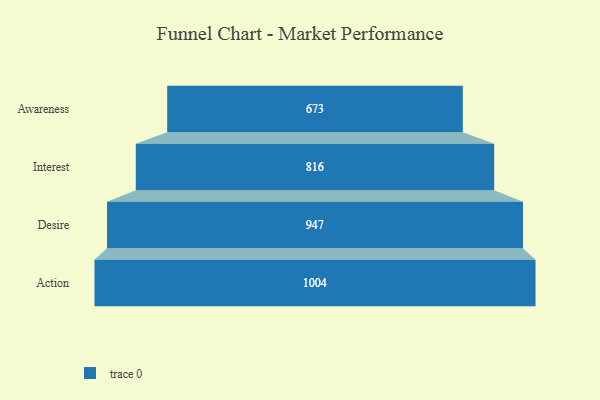
{"axis": {"x": "Stage", "y": "Value"}, "legend": [""], "data": [{"x": "Awareness", "y": 673.0, "type": ""}, {"x": "Interest", "y": 816.0, "type": ""}, {"x": "Desire", "y": 947.0, "type": ""}, {"x": "Action", "y": 1004.0, "type": ""}]}